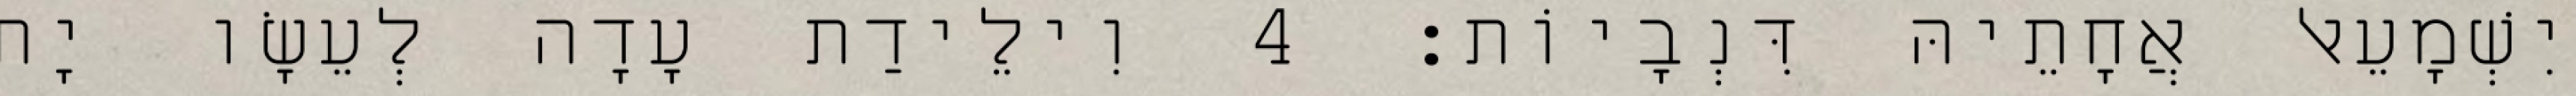
יִשְׁמָעֵאל אֲחָתֵיהּ דִּנְבָיוֹת׃ 4 וִילֵידַת עָדָה לְעֵשָׂו יָת